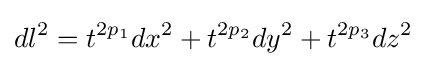
dl^{2}=t^{2p_{1}}dx^{2}+t^{2p_{2}}dy^{2}+t^{2p_{3}}dz^{2}